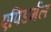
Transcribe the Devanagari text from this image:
एपिडर्मल